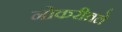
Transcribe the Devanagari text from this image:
नोकरीतले